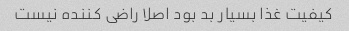
کیفیت غذا بسیار بد بود اصلا راضی کننده نیست